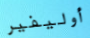
أوليفير